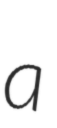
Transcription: a